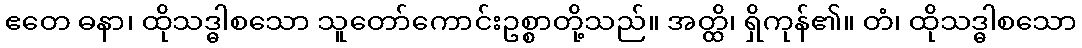
ဧတေ ဓနာ၊ ထိုသဒ္ဓါစသော သူတော်ကောင်းဥစ္စာတို့သည်။ အတ္ထိ၊ ရှိကုန်၏။ တံ၊ ထိုသဒ္ဓါစသော